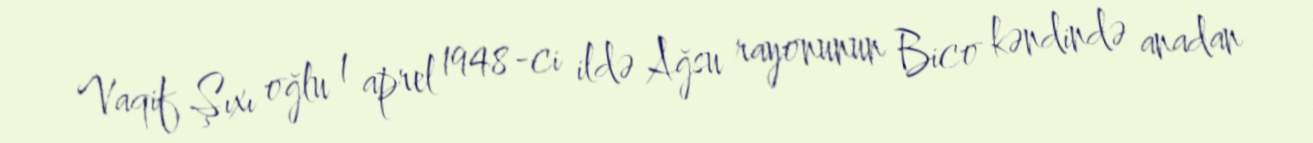
Vaqif Şıxı oğlu 1 aprel 1948-ci ildə Ağsu rayonunun Bico kəndində anadan